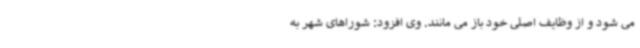
می شود و از وظایف اصلی خود باز می مانند. وی افزود: شوراهای شهر به